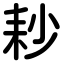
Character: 耖